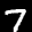
Label: 7